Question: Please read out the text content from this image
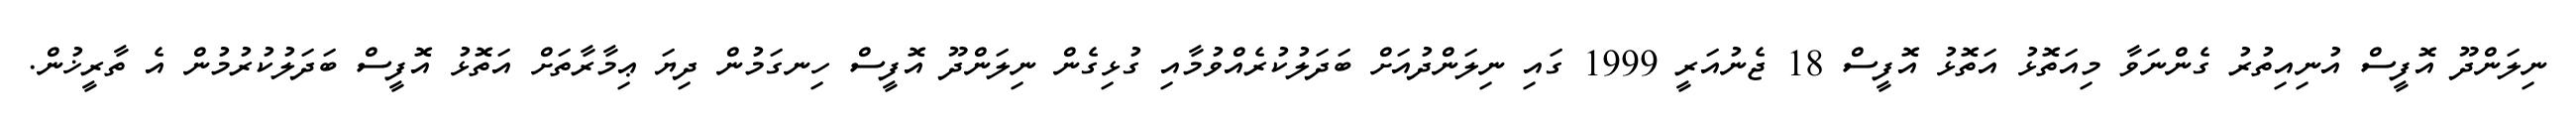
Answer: ނިލަންދޫ އޮފީސް އުނިއިތުރު ގެންނަވާ މިއަތޮޅު އަތޮޅު އޮފީސް 18 ޖެނުއަރީ 1999 ގައި ނިލަންދުއަށް ބަދަލުކުރެއްވުމާއި ގުޅިގެން ނިލަންދޫ އޮފީސް ހިނގަމުން ދިޔަ ޢިމާރާތަށް އަތޮޅު އޮފީސް ބަދަލުކުރުމުން އެ ތާރީޚުން.